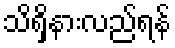
သိရှိနားလည်ရန်